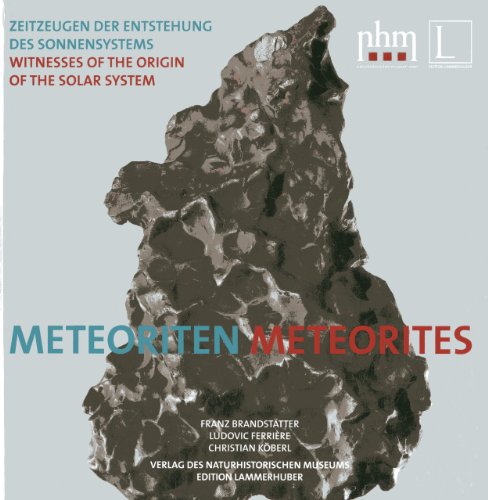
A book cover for Meteorites: Witnesses of the Origin of the Solar Systems; Franz Brandstatter; Science & Math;